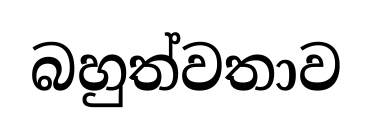
බහුත්වතාව